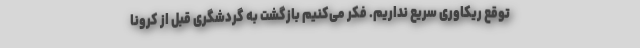
توقع ریکاوری سریع نداریم. فکر می‌کنیم بازگشت به گردشگریِ قبل از کرونا